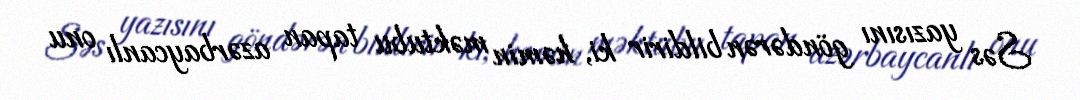
Səs yazısını göndərən bildirir ki, həmin məktubu tapan azərbaycanlı onu